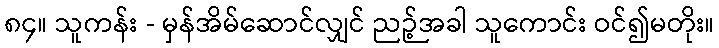
၈၄။ သူကန်း - မှန်အိမ်ဆောင်လျှင် ညဉ့်အခါ သူကောင်း ဝင်၍မတိုး။